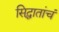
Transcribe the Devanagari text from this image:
सिद्धातांचं